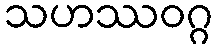
သဟဿဝဂ္ဂ